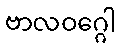
ဗာလဝဂ္ဂေါ